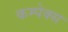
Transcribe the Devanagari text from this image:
कम्पेक्स